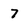
Character: 7